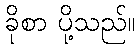
ခိုစာ ပို့သည်။